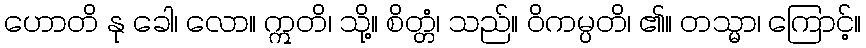
ဟောတိ နု ခေါ၊ လော။ ဣတိ၊ သို့။ စိတ္တံ၊ သည်။ ဝိကမ္ပတိ၊ ၏။ တသ္မာ၊ ကြောင့်။